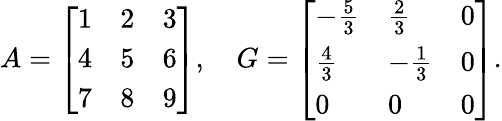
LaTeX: A={\left[\begin{array}{lll}{1}&{2}&{3}\\ {4}&{5}&{6}\\ {7}&{8}&{9}\end{array}\right]},\quad G={\left[\begin{array}{lll}{-{\frac{5}{3}}}&{{\frac{2}{3}}}&{0}\\ {{\frac{4}{3}}}&{-{\frac{1}{3}}}&{0}\\ {0}&{0}&{0}\end{array}\right]}.